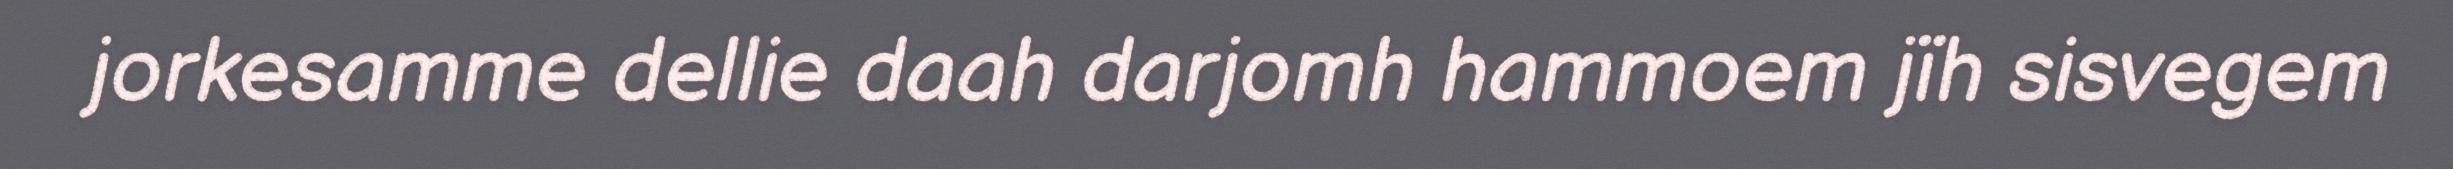
jorkesamme dellie daah darjomh hammoem jïh sisvegem